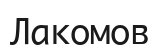
Лакомов